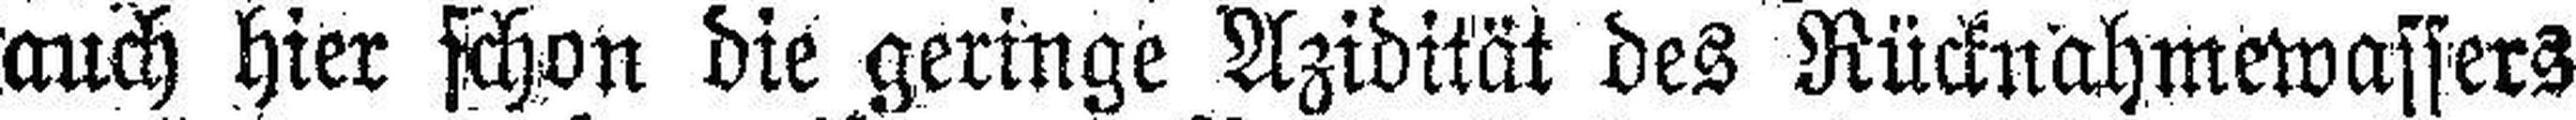
auch hier schon die geringe Azidität des Rücknahmewassers